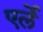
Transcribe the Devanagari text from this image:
एर्ले